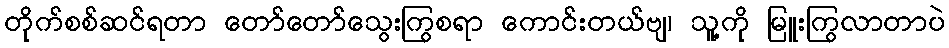
တိုက်စစ်ဆင်ရတာ တော်တော်သွေးကြွစရာ ကောင်းတယ်ဗျ၊ သူ့ကို မြူးကြွလာတာပဲ